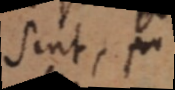
sint,